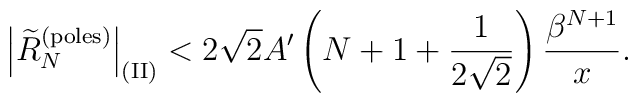
\left|\widetilde R_N^{\rm (poles)}\right|_{\rm (II)}   <2\sqrt{2}A'\left(N+1+{1\over2\sqrt{2}}\right){\beta^{N+1}\over x}.